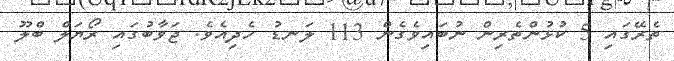
ތެރޭގައި 5 ކުޅުންތެރިން ނުބައިވެގެން 113 ލަނޑު ހެދިއެވެ. ޖަވާބުގައި ރޯޔަލް ބްލޫ